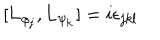
\lbrack \mathbf { L _ { \varphi _ { j } } } , \mathbf { L _ { \psi _ { k } } } ] = i \epsilon _ { j k l }